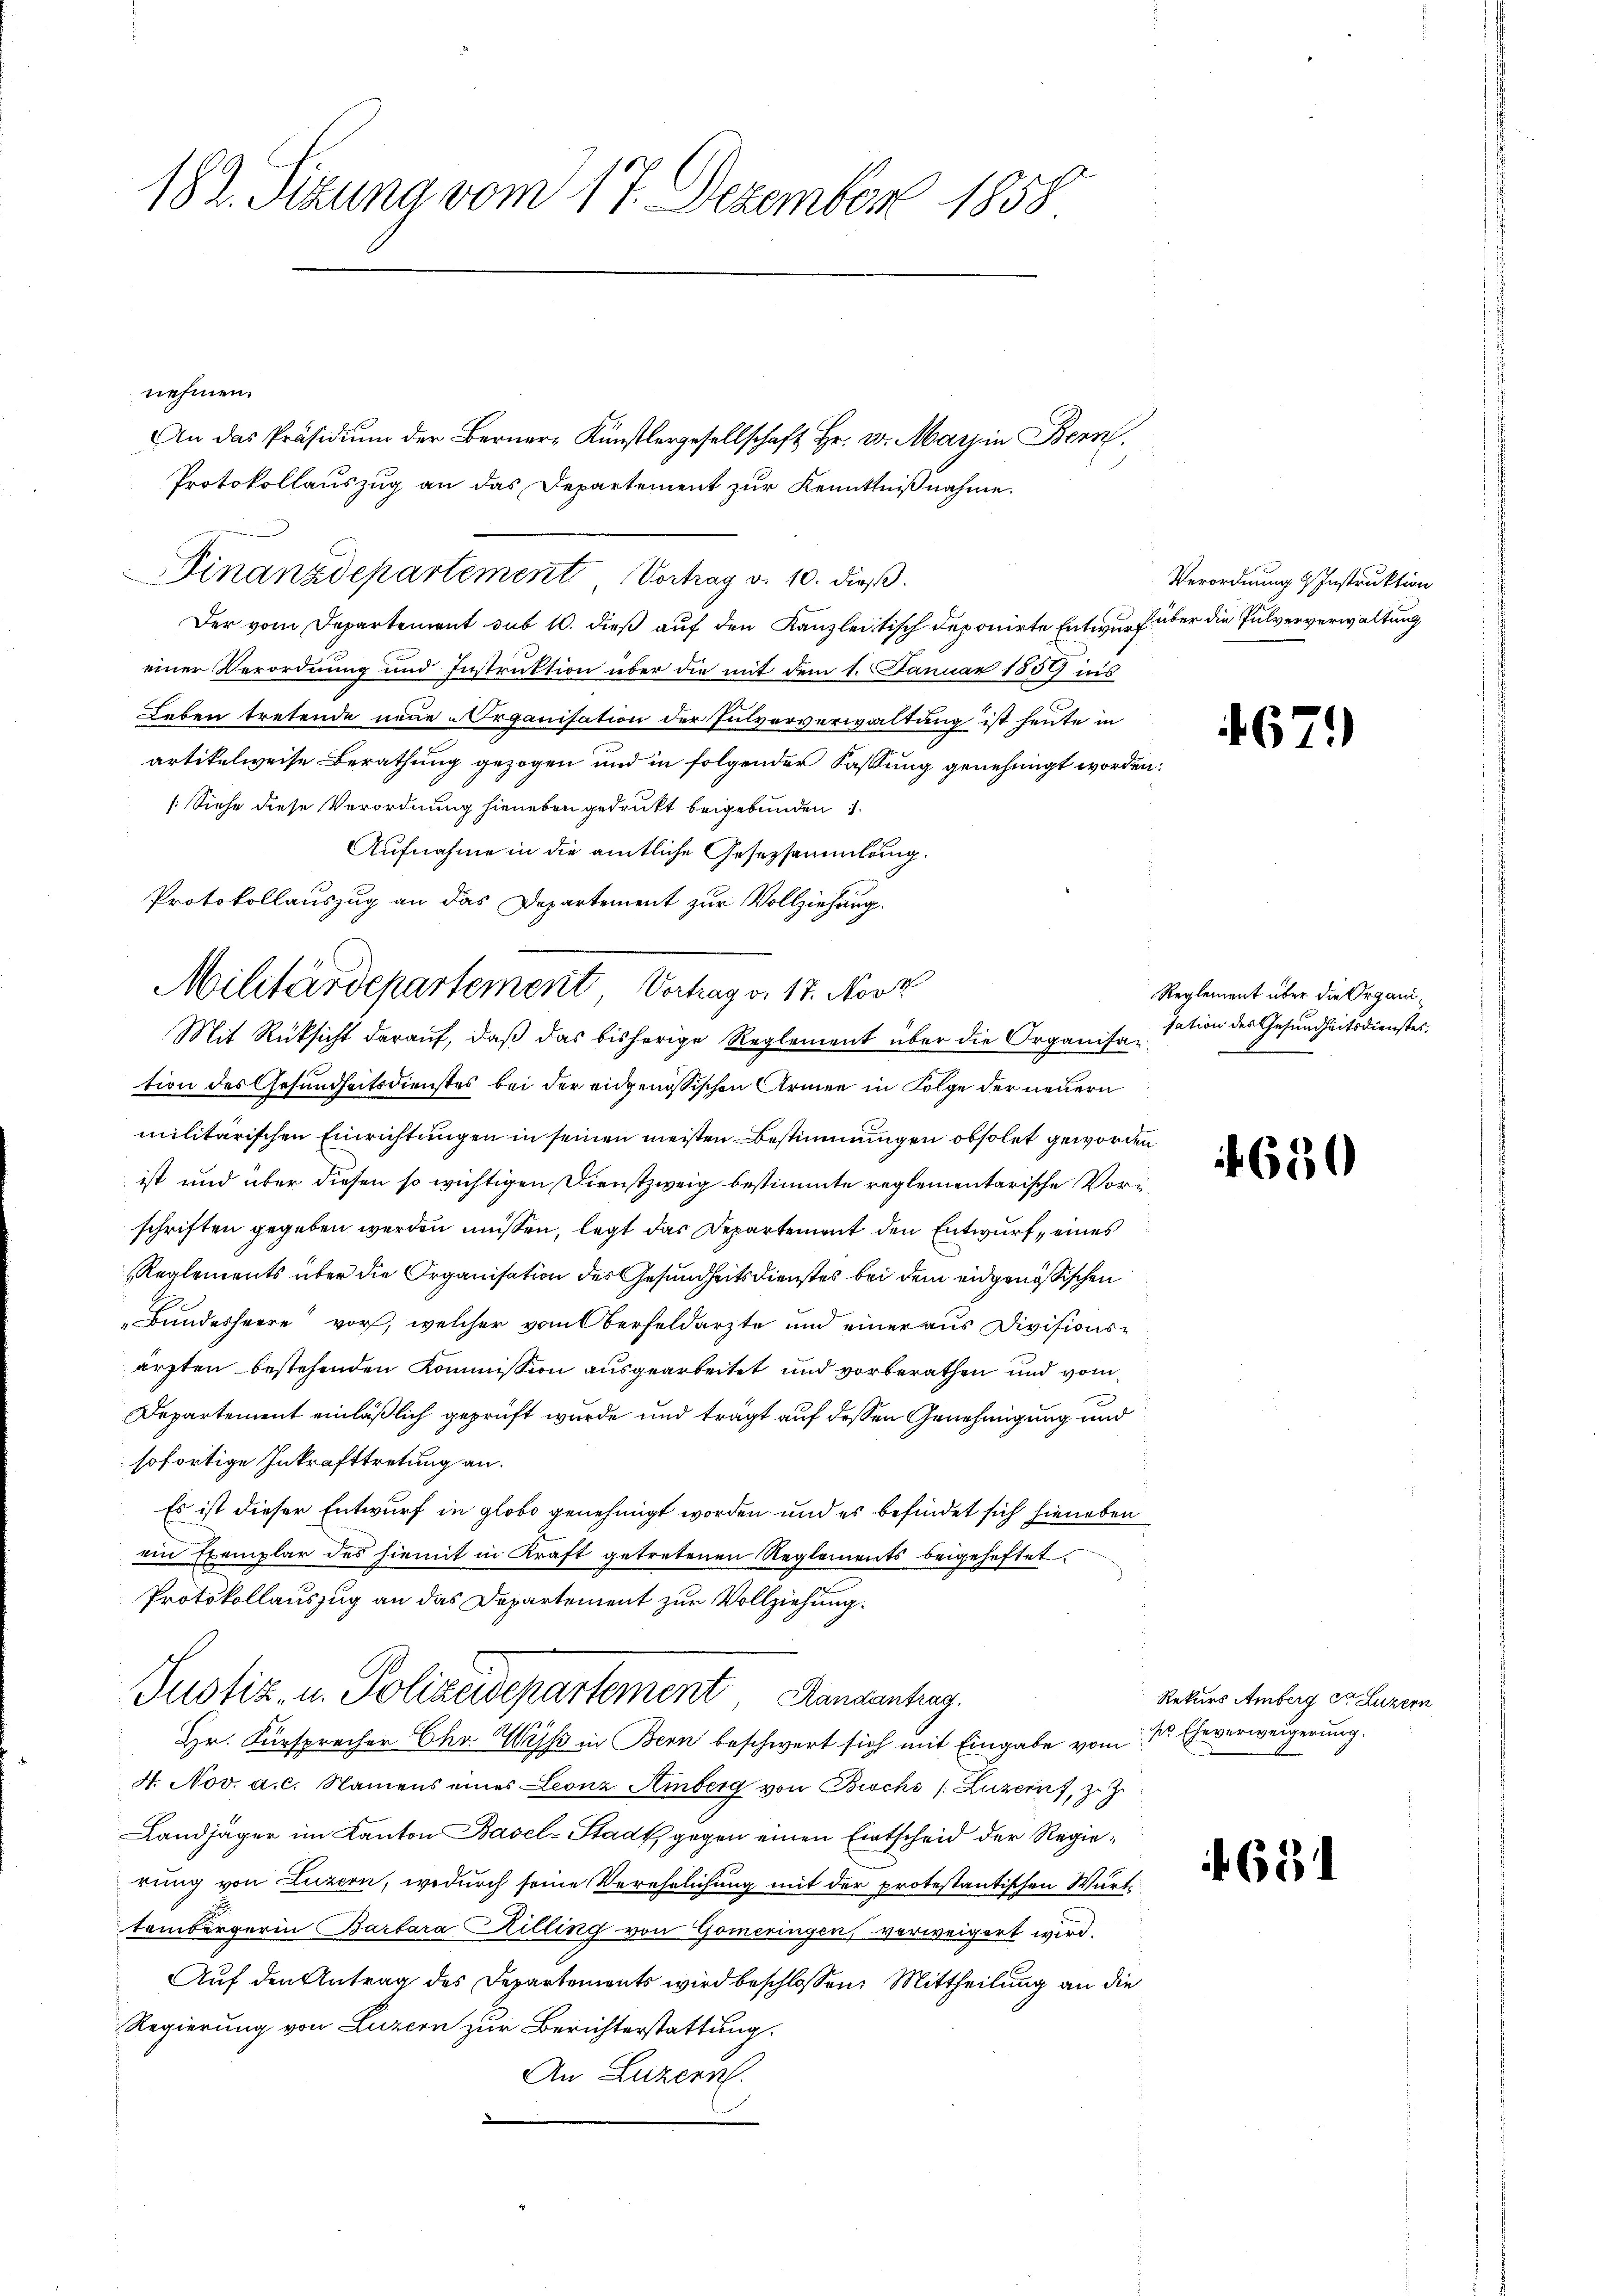
182. Sizung vom 17. Dezember 1858

nehmen.
Protokollauszug an das Departement zur Kenntnißnahme.
Der vom Departement sub 10. dieß auf den Kanzleitisch deponirte Entwurf über die Pulververwaltung
einer Verordnung und Instruktion über die mit dem 1. Januar 1859 ins
Leben tretende neue Organisation der Pulververwaltung ist heute in
artikelweise Berathung gezogen und in folgender Fassung genehmigt worden:
[Siehe diese Verordnung hieneben gedrukt beigebunden
Aufnahme in die amtliche Gesetzsammlung.
Protokollauszug an das Departement zur Vollziehungs¬
Mit Rüksicht darauf, daß das bisherige Reglement über die Organisar
tion des Gesundheitsdienstes bei der eidgenössischen Armen in Folge der neuern
militärischen Einrichtungen in seinen meisten Bestimmungen obsolet geworden
ist und über diesen so wichtigen Dienstzweig bestimmte reglementarische Vorschriften gegeben werden müssen, legt das Departement den Entwurf, eines
Reglements über die Organisation des Gesundheitsdienstes bei dem eidgenössischen
Bundesheere vor, welcher vom Oberfeldarzte und einer aus Divisionsärzten bestehenden Kommission ausgearbeitet und vorberathen und vom
Departement einläßlich geprüft wurde und trägt auf dessen Genehmigung und
sofortige Inkrafttretung an.
Es ist dieser Entwurf in globo genehmigt worden und es befindet sich hieneben
ein Exemplar des hiemit in Kraft getretenen Reglements beigeheftet.
Protokollauszug an das Departement zur Vollziehung.
Justiz- u. Polizeidepartement Dankenhag
Hr. Fürsprecher Chr. Wyss in Bern beschwert sich mit Eingabe vom 11. Eheverweigerung.
4. Nov. a. c. Namens eines Leonz Amberg von Bische (Luzern, z. Z.
Landjäger im Kanton Basel-Stadt, gegen einen Entscheid der Regierung von Luzern, wodurch seine Verehrlichung mit der protestantischen Würt
tembergerin Barbara Hilling von Gomeringen, verweigert wird.
Auf den Antrag des Departements wird beschlossen: Mittheilung an die
Regierung von Luzern zur Berichterstattung.
An Luzern.

Militärdepartement Vertrag v. 17. Novk

Finanzdepartement Vortrag v. 10. dieβ.

An das Präsidium der Berner- Künstlergesellschaft Hr. v. Marzin Bern.

Verordnung & Instruktion

1671)

Reglement über die Organisation des Gesundheitsdienstes.

650

f. 631

Rekurs Amberg der Luzern